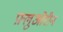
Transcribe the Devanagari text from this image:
फ़्लुओरीन